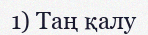
1) Таң қалу